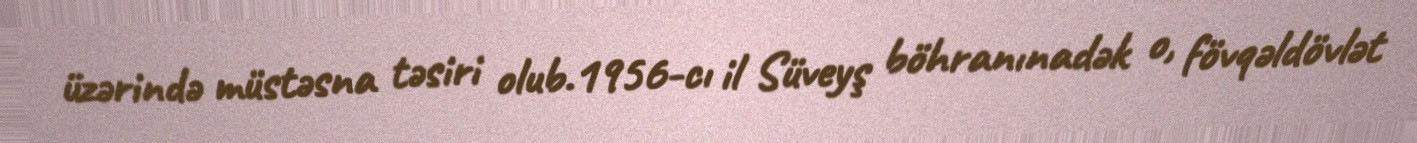
üzərində müstəsna təsiri olub.1956-cı il Süveyş böhranınadək o, fövqəldövlət